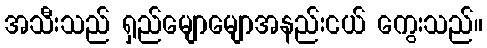
အသီးသည် ရှည်မျောမျောအနည်းငယ် ကွေးသည်။